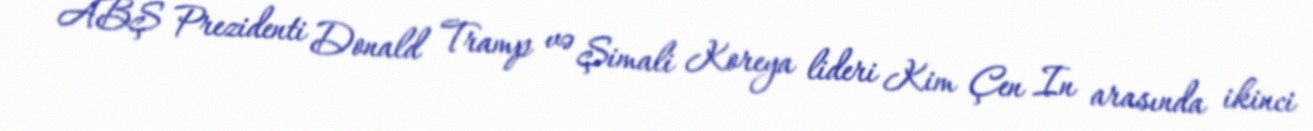
ABŞ Prezidenti Donald Tramp və Şimali Koreya lideri Kim Çen In arasında ikinci